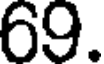
69.